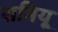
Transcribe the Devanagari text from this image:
रामियू